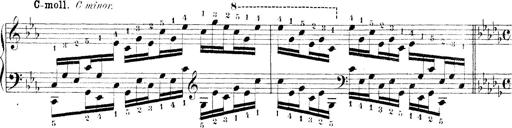
Title: Technische Studien
Composer: Franz Liszt